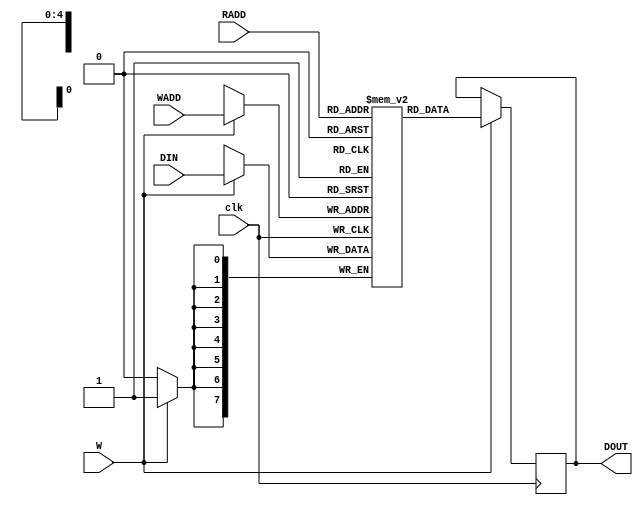
`timescale 1ns / 1ps
//////////////////////////////////////////////////////////////////////////////////
// Company: 
// Engineer: 
// 
// Design Name: 
// Module Name:    RAM 
// Project Name: 
// Target Devices: 
// Tool versions: 
// Description: 
//
// Dependencies: 
//
// Revision: 
// Revision 0.01 - File Created
// Additional Comments: 
//
//////////////////////////////////////////////////////////////////////////////////
module RAM( clk,WADD, DIN, W, RADD, DOUT);
input clk;
input [4:0] WADD;
input [7:0] DIN;
input [4:0] RADD;
input W;
output reg [7:0] DOUT;
reg [7:0] RAM [0:31];
integer i;
initial
 begin 
 for(i=0; i<16; i=i+1)
	begin 
		RAM[i]=8'hFE;
	end
end
always @ (posedge clk)
	if(W) begin RAM[WADD]<=DIN;
					DOUT<=RAM[RADD];
	end

endmodule